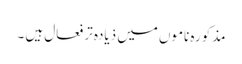
مذکورہ ناموں میں ذیادہ تر فعال ہیں ۔